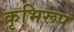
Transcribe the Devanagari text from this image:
कृभिरूप